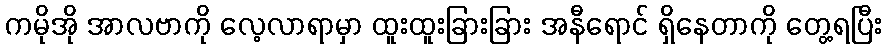
ကမိုအို အာလဗာကို လေ့လာရာမှာ ထူးထူးခြားခြား အနီရောင် ရှိနေတာကို တွေ့ရပြီး